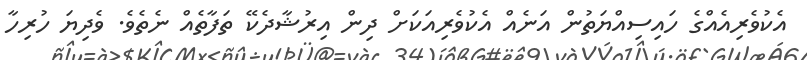
އެކުވެރިއެއްގެ ހައިސިއްޔަތުން އަނެއް އެކުވެރިއަކަށް ދިން އިރުޝާދެކޭ ތަފާތެއް ނެތެވެ. ވެދިޔަ ހުރިހާ